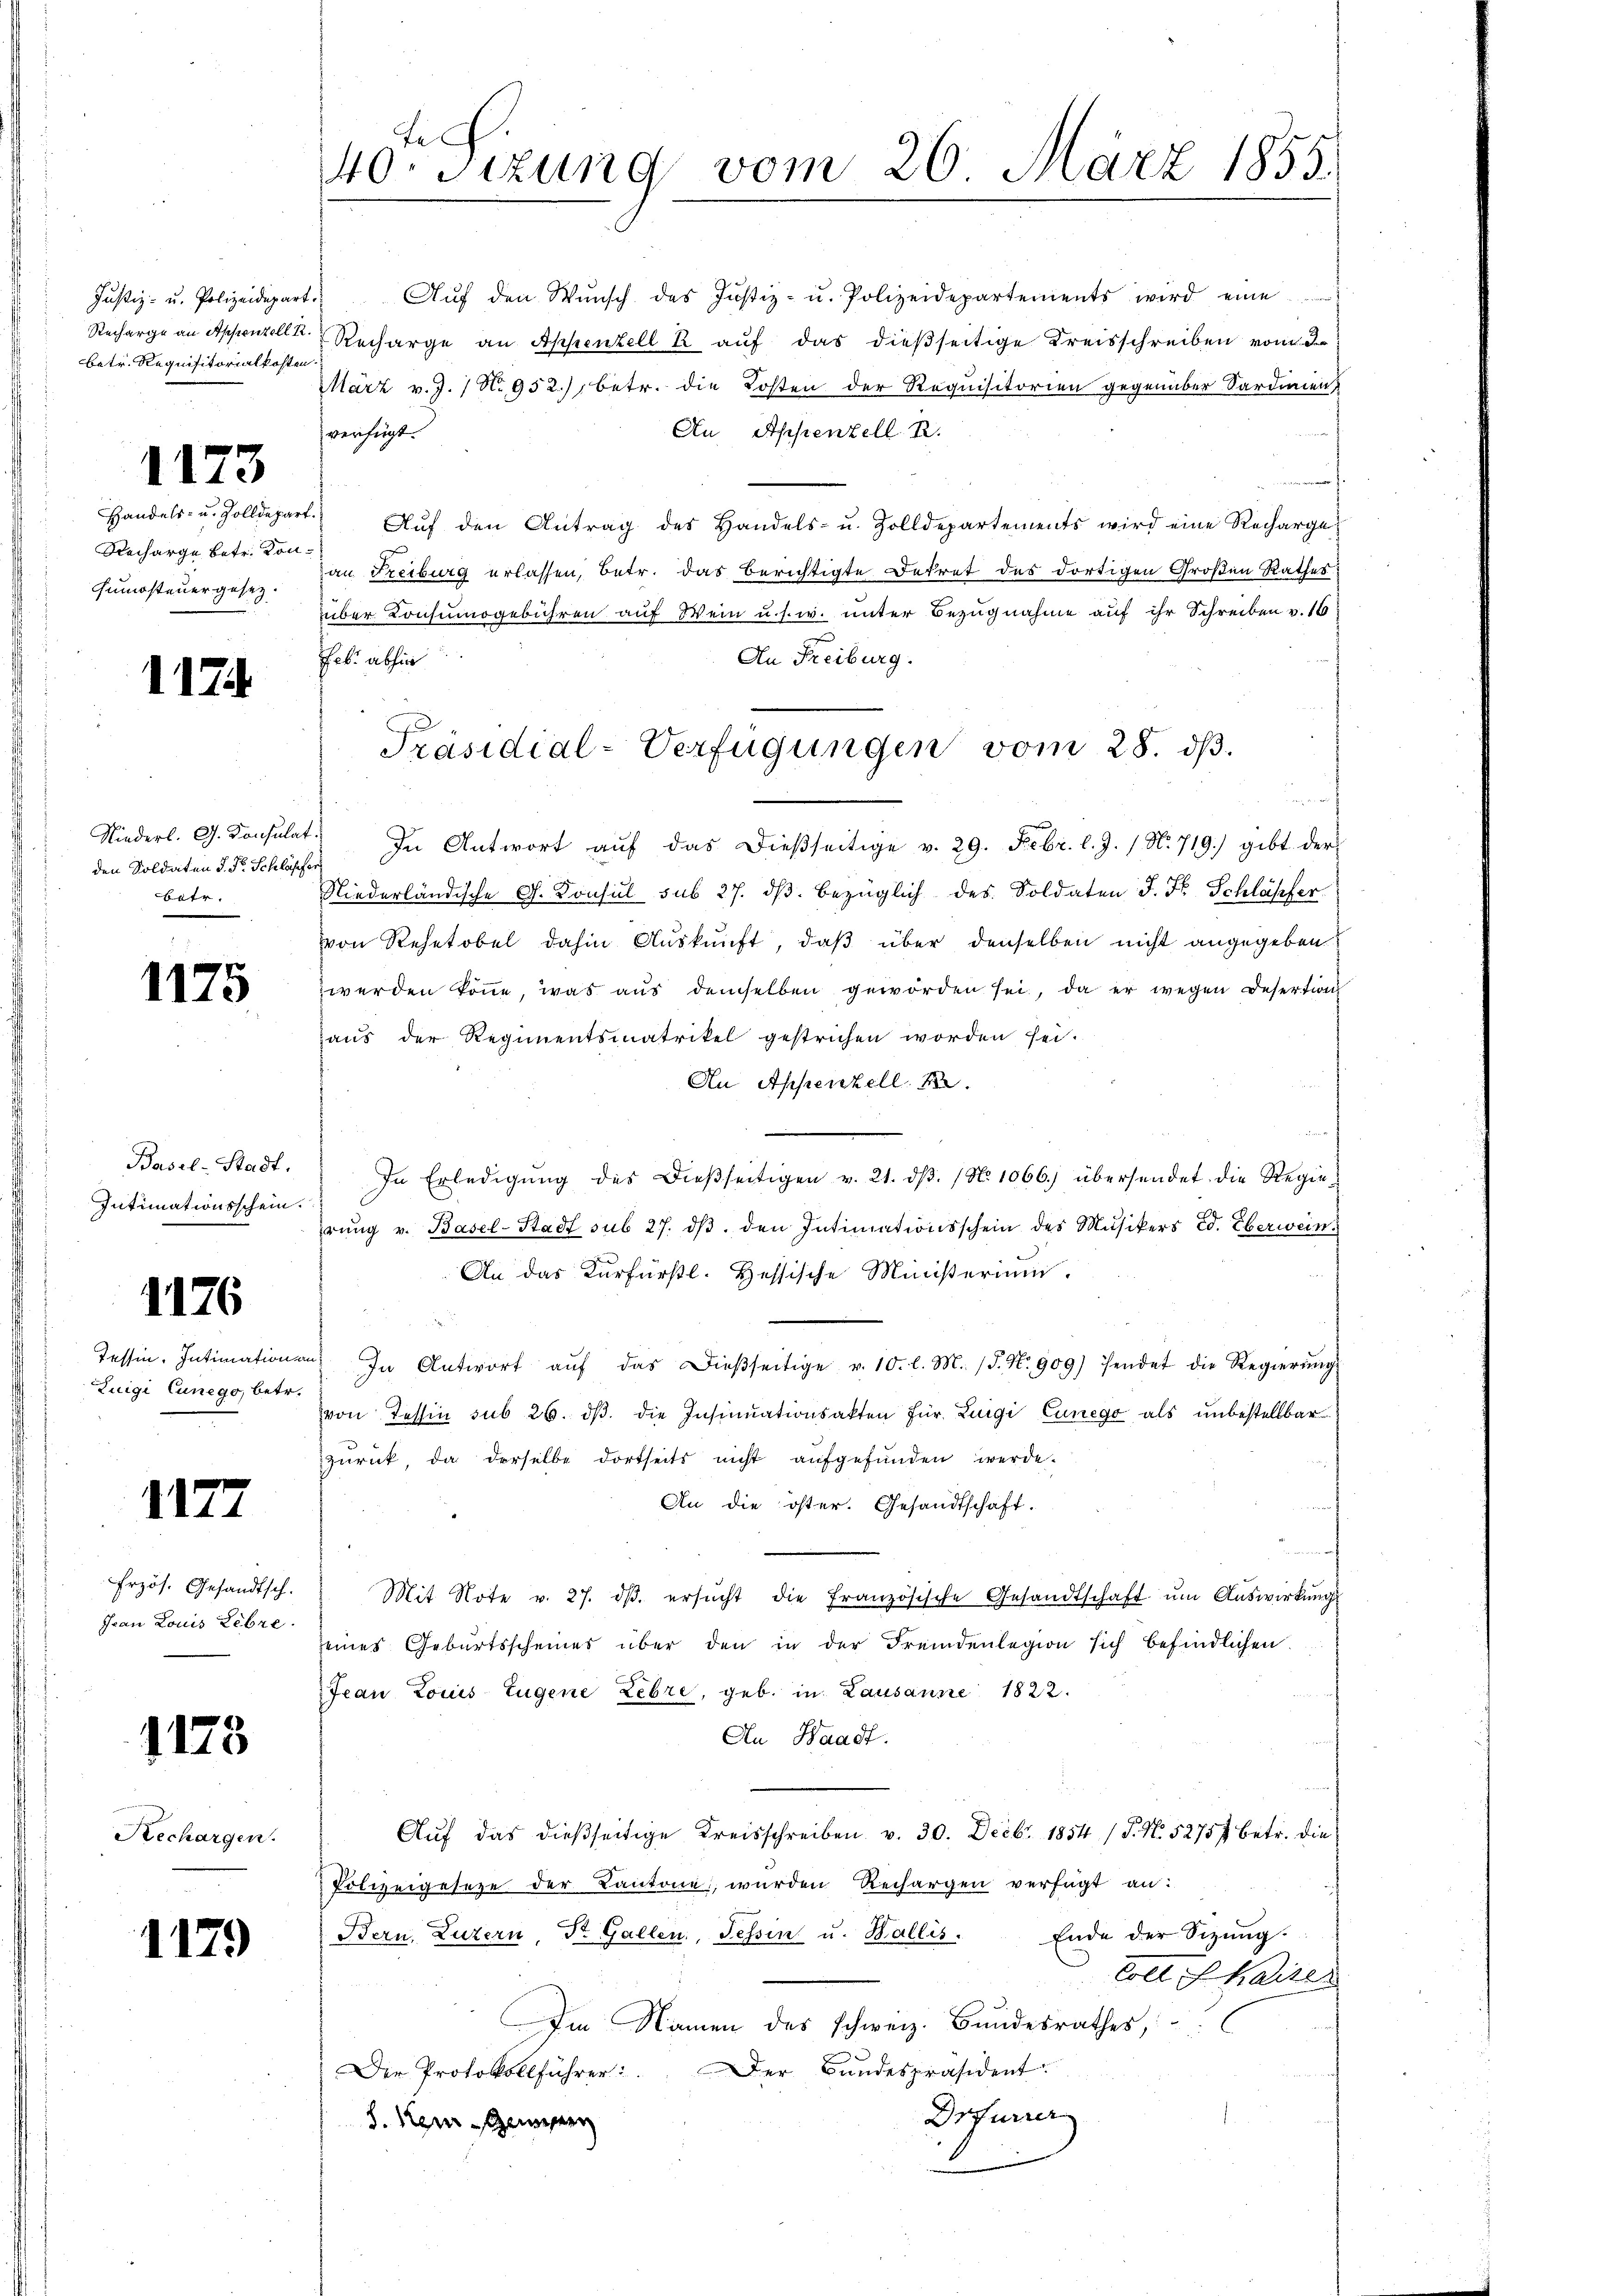
Justiz- u. Polizeidepart.
Recharge an Appenzell R.
betr. Requisitorialkosten

1173

Handels- u. Zolldepart.
Recharge betr. Kon¬
Fumosteuergesetz.

1174

Niederl. G. Konsulat
den Soldaten d. Dr. Schläfe,
batr.

1175

Basel-Stadt.
Intimationsschein.

1176

Tessin. Intimation
Zuigi Cunego, betr.

1177

Erzös. Gesandtsch.
Ivan Louis Lebze

1173

Rechargen.

1179

tich.
40 sizung vom 20. März 1855.

Aŭf den Wŭnsch des Justiz- u. Polizeidepartements wird eine
Recharge an Appenzell k auf das dießseitige Kreisschreiben vom
März v. J. N. 952), betr. die Kosten der Requisitorien gegenüber Sardinien
Au Appenzell A.
verfügt:
Aŭf den Antrag des Handels- u. Zolldepartements wird eine Rechargean Freiburg erlassen, betr. das Berichtigte Dekret des dortigen Großen Rathes:
über Konsumogebühren auf Wein u. s. w. unter Bezugnahme auf ihr Schreiben v. 16
An Freiburg.
Feb. abhin
" In Antwort aŭf das dießseitige v. 29. Febr. l. J. / N. 719.) gibt der
Niederländische G. Konsul sub 27. dβ bezüglich des Soldaten J. F. Schläpfer
von Rehetobel dahin Auskunft, daß über denselben nicht angegeben
werden könne, was aus demselben geworden sei, da er wegen Desertion
aus der Regimentsmatrikel gestrichen worden sei.
An Appenzell A.
In Erledigŭng des Dieβseitigen v. 21. dβ. (N. 1066.) übersendet die Regierŭng v. Basel-Stadt sub 27. dβ. den Intimationsschein des Musikers Ed. Eberweins
An das Kurfürstl. Hessische Ministerium.
a
u. In Antwort aŭf das dießseitige v. 10. l. M. (T. N. 909) sendet die Regierŭng
von Tessin sub 26. dβ. die Insinuationsakten für Luigi Cunego als unbestellbar
zurück, da derselbe dortseits nicht aufgefunden werde.
An die öster. Gesandtschaft.
Mit Note v. 27. dβ. ersŭcht die französische Gesandtschaft ŭm Aŭswirkŭngs-
seines Geburtsscheines über den in der Fremdenlegion sich befindlichen
Jean Louis Eugene Lehre, geb. in Lausanne 1822.
An Waadt.
Aŭf das dießseitige Kreisschreiben v. 30. Decbr. 1854 / 5. No. 52757 betr. die
Polizeigeseze der Kantone, wurden Rechargen verfügt an:
Bern, Luzern Dr. Gallen, Tessin u. Wallis. Ende der Sitzŭng-
Colt harten
Im Namen des schweiz. Bundesrathes,
Der Bundespräsident.
Der Protokollführer
Drfurrer
J. Kein Gewesen

Präsidial-Verfügungen vom 28. ds.